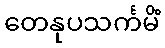
တေနုပသင်္ကမိံ